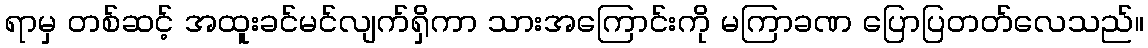
ရာမှ တစ်ဆင့် အထူးခင်မင်လျက်ရှိကာ သားအကြောင်းကို မကြာခဏ ပြောပြတတ်လေသည်။